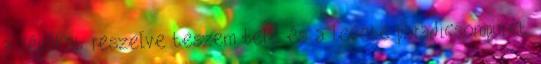
a répákat reszelve teszem bele és a levébe paradicsompürét